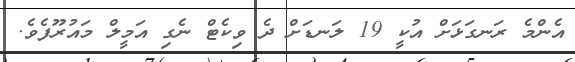
އެންމެ ރަނގަޅަށް އުކީ 19 ލަނޑަށް ދެ ވިކެޓް ނެގި އަމީލް މައުރޫފެވެ.